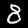
Label: 8